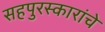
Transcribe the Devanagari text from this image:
सहपुरस्कारांचे